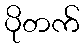
ပိုတက်